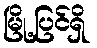
မြို့ပြင်ရှိ